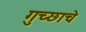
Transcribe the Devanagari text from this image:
गुच्छाचे